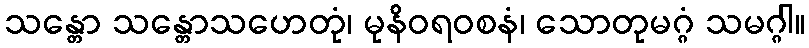
သန္တော သန္တောသဟေတုံ၊ မုနိဝရ၀စနံ၊ သောတုမဂ္ဂံ သမဂ္ဂါ။